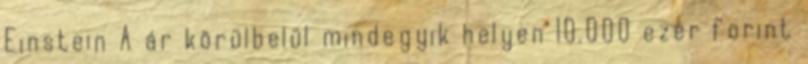
Einstein A ár körülbelül mindegyik helyen 10.000 ezer forint